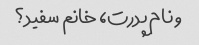
و نام پدرت، خانم سفید؟